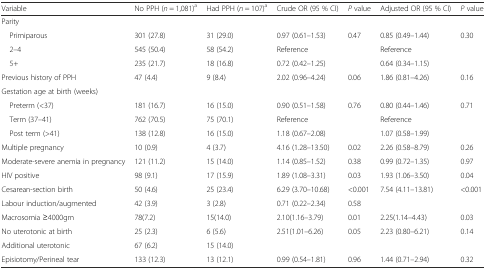
<table><thead><tr><td><b>Variable</b></td><td><b>No PPH (<i>n</i> = 1,081)<sup>a</sup></b></td><td><b>Had PPH (<i>n</i> = 107)<sup>a</sup></b></td><td><b>Crude OR (95 % CI)</b></td><td><b><i>P</i> value</b></td><td><b>Adjusted OR (95 % CI)</b></td><td><b><i>P</i> value</b></td></tr></thead><tbody><tr><td colspan="7">Parity</td></tr><tr><td> Primiparous</td><td>301 (27.8)</td><td>31 (29.0)</td><td>0.97 (0.61–1.53)</td><td rowspan="3">0.47</td><td>0.85 (0.49–1.44)</td><td rowspan="3">0.30</td></tr><tr><td> 2–4</td><td>545 (50.4)</td><td>58 (54.2)</td><td>Reference</td><td>Reference</td></tr><tr><td> 5+</td><td>235 (21.7)</td><td>18 (16.8)</td><td>0.72 (0.42–1.25)</td><td>0.64 (0.34–1.15)</td></tr><tr><td>Previous history of PPH</td><td>47 (4.4)</td><td>9 (8.4)</td><td>2.02 (0.96–4.24)</td><td>0.06</td><td>1.86 (0.81–4.26)</td><td>0.16</td></tr><tr><td colspan="7">Gestation age at birth (weeks)</td></tr><tr><td> Preterm (&lt;37)</td><td>181 (16.7)</td><td>16 (15.0)</td><td>0.90 (0.51–1.58)</td><td rowspan="3">0.76</td><td>0.80 (0.44–1.46)</td><td rowspan="3">0.71</td></tr><tr><td> Term (37–41)</td><td>762 (70.5)</td><td>75 (70.1)</td><td>Reference</td><td>Reference</td></tr><tr><td> Post term (&gt;41)</td><td>138 (12.8)</td><td>16 (15.0)</td><td>1.18 (0.67–2.08)</td><td>1.07 (0.58–1.99)</td></tr><tr><td>Multiple pregnancy</td><td>10 (0.9)</td><td>4 (3.7)</td><td>4.16 (1.28–13.50)</td><td>0.02</td><td>2.26 (0.58–8.79)</td><td>0.26</td></tr><tr><td>Moderate-severe anemia in pregnancy</td><td>121 (11.2)</td><td>15 (14.0)</td><td>1.14 (0.85–1.52)</td><td>0.38</td><td>0.99 (0.72–1.35)</td><td>0.97</td></tr><tr><td>HIV positive</td><td>98 (9.1)</td><td>17 (15.9)</td><td>1.89 (1.08–3.31)</td><td>0.03</td><td>1.93 (1.06–3.50)</td><td>0.04</td></tr><tr><td>Cesarean-section birth</td><td>50 (4.6)</td><td>25 (23.4)</td><td>6.29 (3.70–10.68)</td><td>&lt;0.001</td><td>7.54 (4.11–13.81)</td><td>&lt;0.001</td></tr><tr><td>Labour induction/augmented</td><td>42 (3.9)</td><td>3 (2.8)</td><td>0.71 (0.22–2.34)</td><td>0.58</td><td></td><td></td></tr><tr><td>Macrosomia ≥4000gm</td><td>78(7.2)</td><td>15(14.0)</td><td>2.10(1.16–3.79)</td><td>0.01</td><td>2.25(1.14–4.43)</td><td>0.03</td></tr><tr><td>No uterotonic at birth</td><td>25 (2.3)</td><td>6 (5.6)</td><td>2.51(1.01–6.26)</td><td>0.05</td><td>2.23 (0.80–6.21)</td><td>0.14</td></tr><tr><td>Additional uterotonic</td><td>67 (6.2)</td><td>15 (14.0)</td><td></td><td></td><td></td><td></td></tr><tr><td>Episiotomy/Perineal tear</td><td>133 (12.3)</td><td>13 (12.1)</td><td>0.99 (0.54–1.81)</td><td>0.96</td><td>1.44 (0.71–2.94)</td><td>0.32</td></tr></tbody></table>